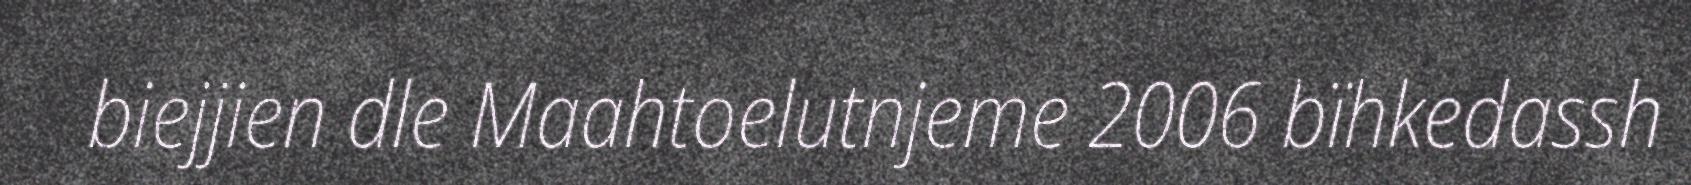
biejjien dle Maahtoelutnjeme 2006 bïhkedassh